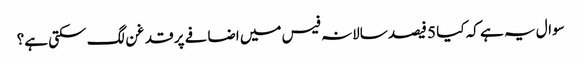
سوال یہ ہے کہ کیا 5 فیصد سالانہ فیس میں اضافے پر قدغن لگ سکتی ہے؟